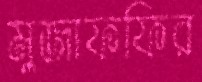
মুজাফফির